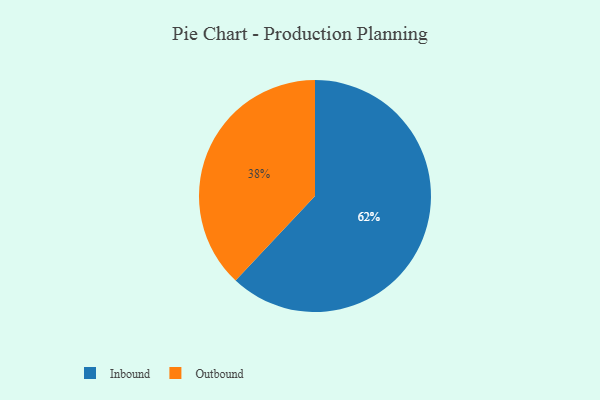
{"axis": {"x": "Category", "y": "Percentage"}, "legend": ["Inbound", "Outbound"], "data": [{"x": "Inbound", "y": 62, "type": "Inbound"}, {"x": "Outbound", "y": 38, "type": "Outbound"}]}